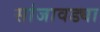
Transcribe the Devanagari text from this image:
सांजावड्या